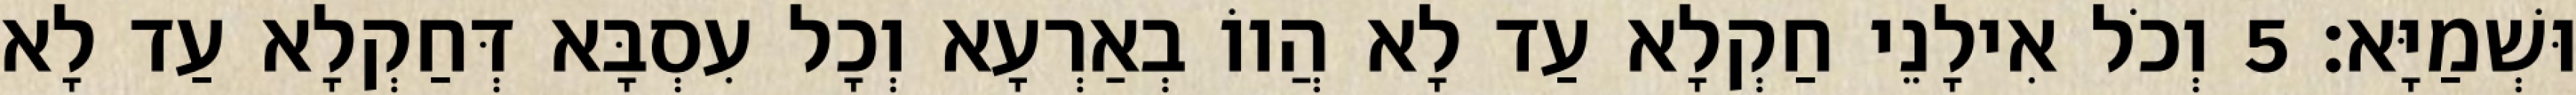
וּשְׁמַיָּא׃ 5 וְכֹל אִילָנֵי חַקְלָא עַד לָא הֲווֹ בְאַרְעָא וְכָל עִסְבָּא דְּחַקְלָא עַד לָא